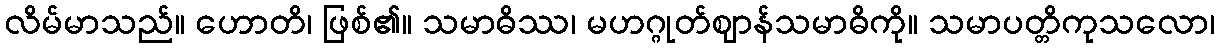
လိမ်မာသည်။ ဟောတိ၊ ဖြစ်၏။ သမာဓိဿ၊ မဟဂ္ဂုတ်ဈာန်သမာဓိကို။ သမာပတ္တိကုသလော၊